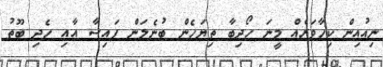
ނިއުއިން ކިހާވަރެއް މީނަ ހޯދިބާ ތިޔަހެން ބުނެލަން ފައިސާ އާއި ހެދި ބޫތު